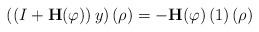
\begin{align*}\left( \left( I+\mathbf{H}(\varphi)\right) y\right) \left( \rho\right)=-\mathbf{H}(\varphi)\left( 1\right) \left( \rho\right)\end{align*}